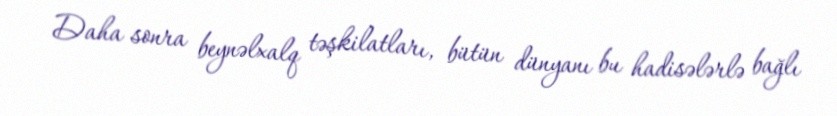
Daha sonra beynəlxalq təşkilatları, bütün dünyanı bu hadisələrlə bağlı